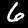
Digit: 6